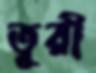
তূরী